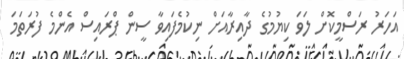
އަހަރު ރަސްމީކޮށް ލަވަ ކިޔުމުގެ ދާއިރާއަށް ނިކުމެފައިވާ ސީން ޕްރައިސް އެންމެ ފުރަތަމަ